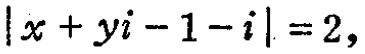
\(\vert x + yi - 1 - i\vert = 2,\)